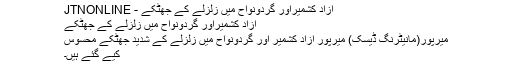
آزاد کشمیراور گردونواح میں زلزلے کے جھٹکے - JTNONLINE
آزاد کشمیراور گردونواح میں زلزلے کے جھٹکے
میرپور(مانیٹرنگ ڈیسک) میرپور آزاد کشمیر اور گردونواح میں زلزلے کے شدید جھٹکے محسوس
کیے گئے ہیں۔